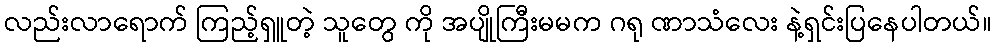
လည်းလာရောက် ကြည့်ရှူတဲ့ သူတွေ ကို အပျိုကြီးမမက ဂရု ဏာသံလေး နဲ့ရှင်းပြနေပါတယ်။